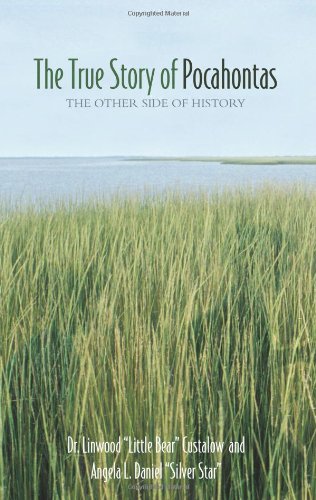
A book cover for The True Story of Pocahontas:  The Other Side of History; Dr. Linwood "Little Bear" Custalow; Biographies & Memoirs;